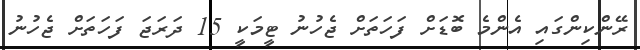
ރޭންކިންގައި އެންމެ ބޮޑަށް ފަހަތަށް ޖެހުނު ޓީމަކީ 15 ދަރަޖަ ފަހަތަށް ޖެހުނު